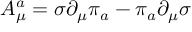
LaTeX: { \cal A } _ { \mu } ^ { a } = \sigma \partial _ { \mu } \pi _ { a } - \pi _ { a } \partial _ { \mu } \sigma